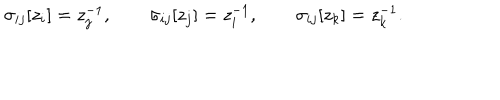
LaTeX: \sigma _ { i j } [ z _ { i } ] = z _ { j } ^ { - 1 } , \qquad \sigma _ { i j } [ z _ { j } ] = z _ { i } ^ { - 1 } , \qquad \sigma _ { i j } [ z _ { k } ] = z _ { k } ^ { - 1 } .